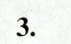
3.